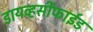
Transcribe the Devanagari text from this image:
डायव्हर्सीफाईड